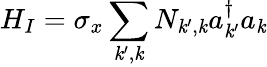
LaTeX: H_{I}=\sigma_{x}\sum_{\mathit{k}^{\prime},\mathit{k}}N_{\mathit{k}^{\prime},\mathit{k}}a_{\mathit{k}^{\prime}}^{\dagger}a_{\mathit{k}}